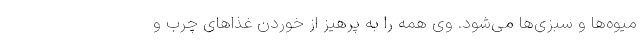
میوه‌ها و سبزی‌ها می‌شود. وی همه را به پرهیز از خوردن غذاهای چرب و